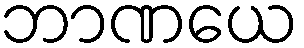
ဘာဏယေ